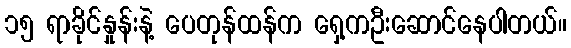
၁၅ ရာခိုင်နှုန်းနဲ့ ပေတုန်ထန်က ရှေ့ကဦးဆောင်နေပါတယ်။